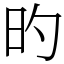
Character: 旳